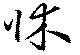
牀